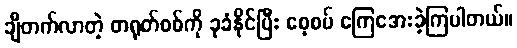
ချီတက်လာတဲ့ တရုတ်စစ်ကို ခုခံနိုင်ပြီး စေ့စပ် ကြေအေးခဲ့ကြပါတယ်။